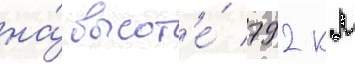
на́ высот'е́ 792 км